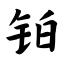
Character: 铂